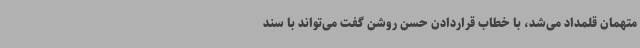
متهمان قلمداد می‌شد، با خطاب قراردادن حسن روشن گفت می‌تواند با سند